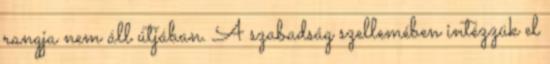
rangja nem áll útjában. A szabadság szellemében intézzük el